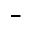
-